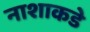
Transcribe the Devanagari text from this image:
नाशाकडे